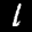
Label: 1